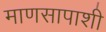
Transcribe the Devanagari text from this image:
माणसापाशी